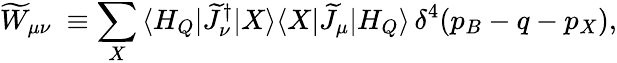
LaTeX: \widetilde{W}_{\mu\nu}\ \equiv\sum_{X}\, \langle H_{Q}|\widetilde{J}_{\nu}^{\dagger}|X\rangle\langle X|\widetilde{J}_{\mu}|H_{Q}\rangle\, \delta^{4}(p_{B}-q-p_{X}),